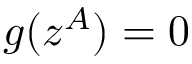
g ( z ^ { A } ) = 0